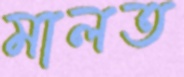
মালত